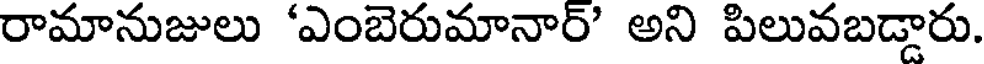
రామానుజులు 'ఎంబెరుమానార్' అని పిలువబడ్డారు.